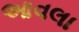
આવલા